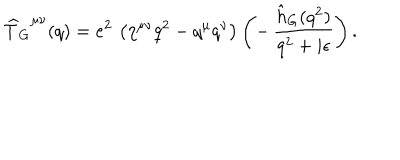
LaTeX: { \widehat T _ { G } } ^ { \mu \nu } ( q ) = e ^ { 2 } \, \left( \eta ^ { \mu \nu } q ^ { 2 } - q ^ { \mu } q ^ { \nu } \right) \left( - \, { \frac { \hat { h } _ { G } ( q ^ { 2 } ) } { q ^ { 2 } + i \epsilon } } \right) .